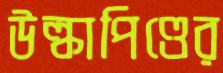
উল্কাপিণ্ডের